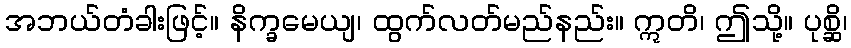
အဘယ်တံခါးဖြင့်။ နိက္ခမေယျ၊ ထွက်လတ်မည်နည်း။ ဣတိ၊ ဤသို့။ ပုစ္ဆိ၊